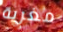
مغرية